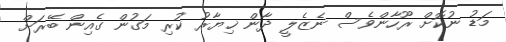
މަޑު ނުކޮށް ރޫހާންވެސް ނެޒެލީ ދާން ޚިޔާރު ކުރި މަގުން ގެއިން ބޭރަށް